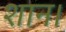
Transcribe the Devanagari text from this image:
शान।